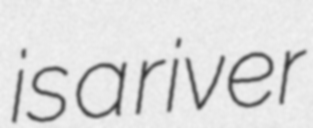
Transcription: is a river